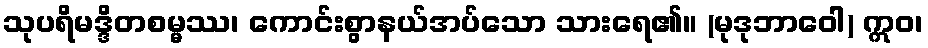
သုပရိမဒ္ဒိတစမ္မဿ၊ ကောင်းစွာနယ်အပ်သော သားရေ၏။ (မုဒုဘာဝေါ) ဣဝ၊